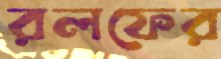
রলফের